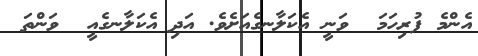
އެންމެ ފުރިހަމަ  ވަނީ އެކަލާނގެއަށެވެ. އަދި އެކަލާނގެއީ  ވަންތަ